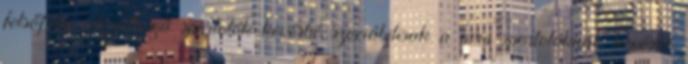
felsőfokú végzettségű sportolók kevésbé szociábilisak a nem sportolóknál, kevésbé